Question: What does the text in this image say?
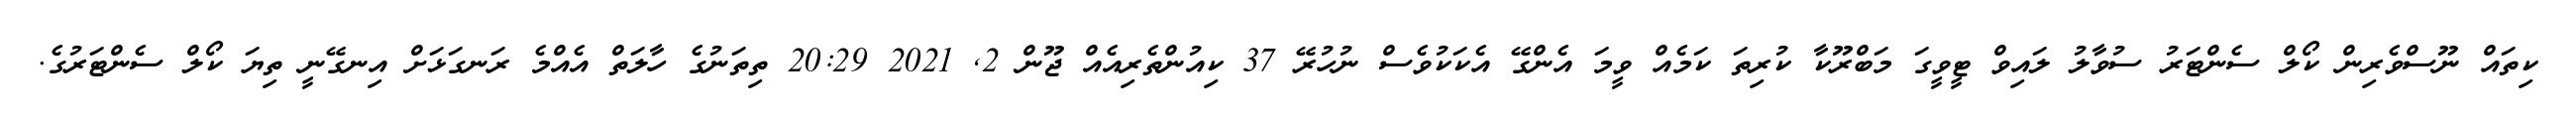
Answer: ކިތައް ނޫސްވެރިން ކޯލް ސެންޓަރު ސުވާލު ލައިވް ޓީވީގަ މަބްރޫކާ ކުރިތަ ކަމެއް ވީމަ އެންގޭ އެކަކުވެސް ނުހުރޭ 37 ކިއުންތެރިއެއް ޖޫން 2, 2021 20:29 ތިތަނުގެ ހާލަތް އެއްމެ ރަނގަޅަށް އިނގޭނީ ތިޔަ ކޯލް ސެންޓަރުގެ.